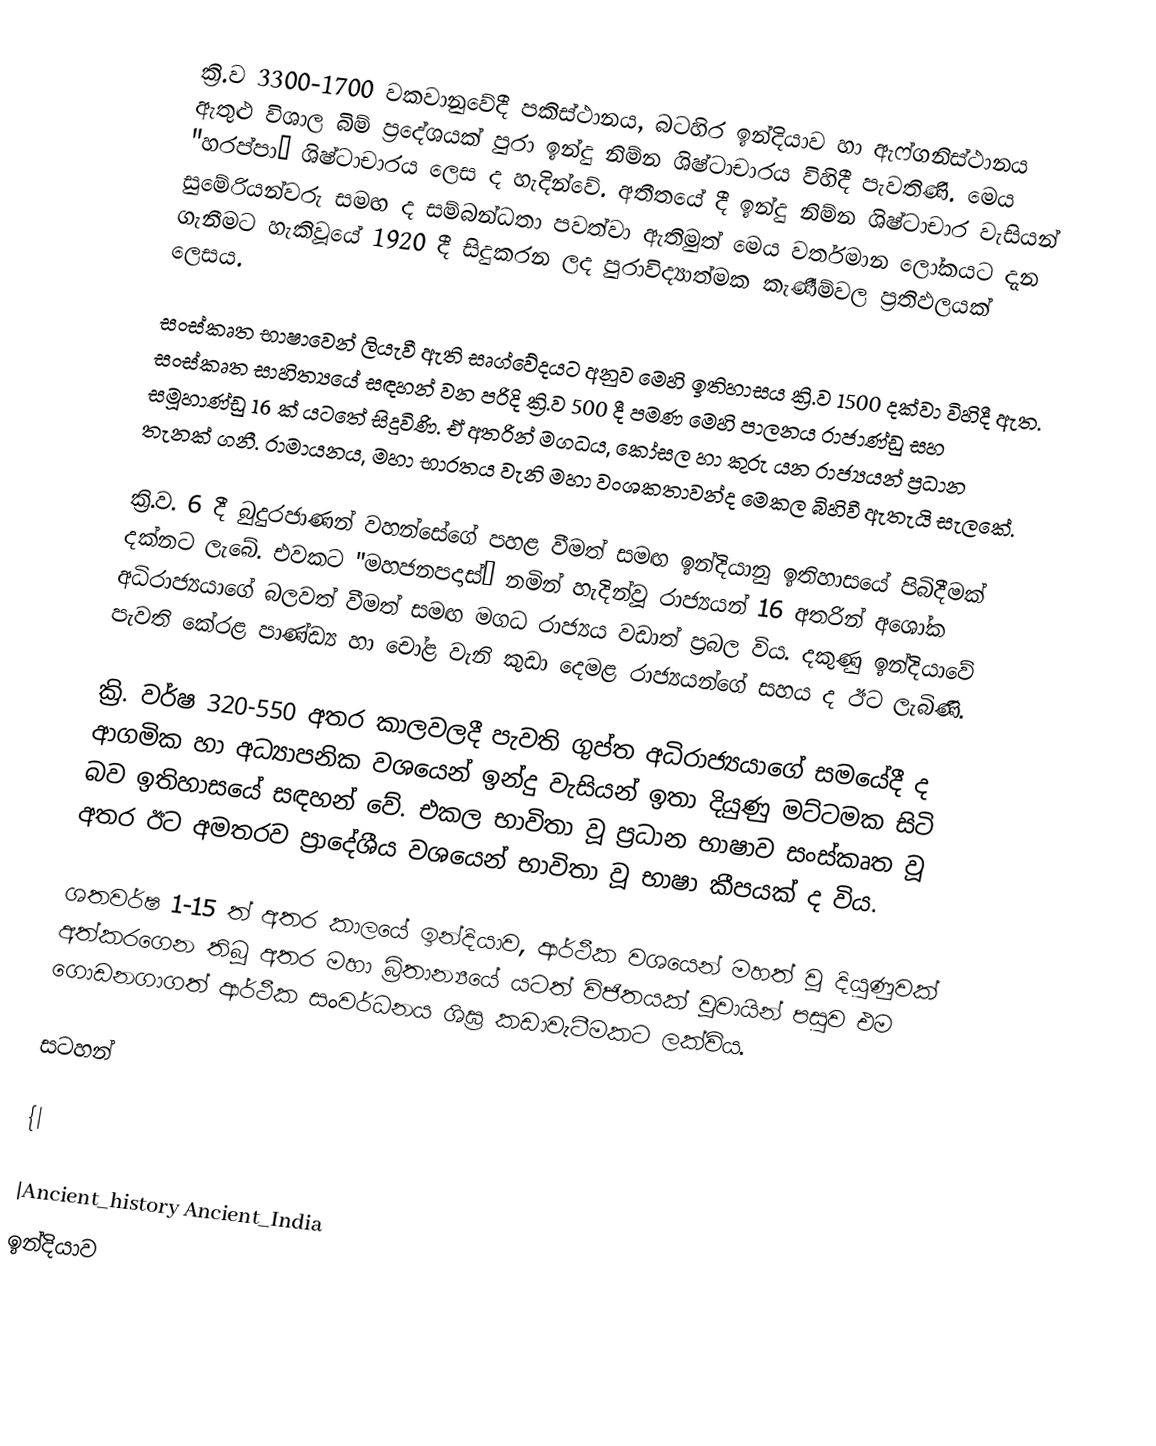
ක්‍රි.ව 3300-1700 වකවානුවේදී පකිස්ථානය, බටහිර ඉන්දියාව හා ඇෆ්ගනිස්ථානය ඇතුළු විශාල බිම් ප්‍රදේශයක් පුරා ඉන්දු නිම්න ශිෂ්ටාචාරය විහිදී පැවතිණි. මෙය "හරප්පා” ශිෂ්ටාචාරය ලෙස ද හැදින්වේ. අතීතයේ දී ඉන්දු නිම්න ශිෂ්ටාචාර වැසියන් සුමේරියන්වරු සමඟ ද සම්බන්ධතා පවත්වා ඇතිමුත් මෙය වර්තමාන ලෝකයට දැන ගැනීමට හැකිවූයේ 1920 දී සිදුකරන ලද පුරාවිද්‍යාත්මක කැණීම්වල ප්‍රතිඵලයක් ලෙසය.

සංස්කෘත භාෂාවෙන් ලියැවී ඇති සෘග්වේදයට අනුව මෙහි ඉතිහාසය ක්‍රි.ව 1500 දක්වා විහිදී ඇත. සංස්කෘත සාහිත්‍යයේ සඳහන් වන පරිදි ක්‍රි.ව 500 දී පමණ මෙහි පාලනය රාජාණ්ඩු සහ සමූහාණ්ඩු 16 ක් යටතේ සිදුවිණි. ඒ අතරින් මගධය, කෝසල හා කුරු යන රාජ්‍යයන් ප්‍රධාන තැනක් ගනී. රාමායනය, මහා භාරතය වැනි මහා වංශකතාවන්ද මෙකල බිහිවී ඇතැයි සැලකේ.

ක්‍රි.ව. 6 දී බුදුරජාණන් වහන්සේගේ පහළ වීමත් සමඟ ඉන්දියානු ඉතිහාසයේ පිබිදීමක් දක්නට ලැබේ. එවකට "මහජනපදාස්” නමින් හැදින්වූ රාජ්‍යයන් 16 අතරින් අශෝක අධිරාජ්‍යයාගේ බලවත් වීමත් සමඟ මගධ රාජ්‍යය වඩාත් ප්‍රබල විය. දකුණු ඉන්දියාවේ පැවති කේරළ පාණ්ඩ්‍ය හා චෝළ වැනි කුඩා දෙමළ රාජ්‍යයන්ගේ සහය ද ඊට ලැබිණි.

ක්‍රි. වර්ෂ 320-550 අතර කාලවලදී පැවති ගුප්ත අධිරාජ්‍යයාගේ සමයේදී ද ආගමික හා අධ්‍යාපනික වශයෙන් ඉන්දු වැසියන් ඉතා දියුණු මට්ටමක සිටි බව ඉතිහාසයේ සඳහන් වේ. එකල භාවිතා වූ ප්‍රධාන භාෂාව සංස්කෘත වූ අතර ඊට අමතරව ප්‍රාදේශීය වශයෙන් භාවිතා වූ භාෂා කීපයක් ද විය.

ශතවර්ෂ 1-15 ත් අතර කාලයේ ඉන්දියාව, ආර්ථීක වශයෙන් මහත් වූ දියුණුවක් අත්කරගෙන තිබූ අතර මහා බ්‍රිතාන්‍යයේ යටත් විජිතයක් වූවායින් පසුව එම ගොඩනගාගත් ආර්ථීක සංවර්ධනය ශිඝ්‍ර කඩාවැටීමකට ලක්විය.

සටහන්

{|

|Ancient_history Ancient_India
ඉන්දියාව